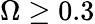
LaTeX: \Omega\ge 0.3